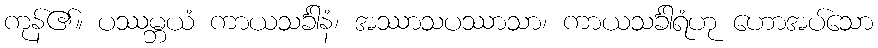
ကုန်၏။ ပဿမ္ဘယံ ကာယသင်္ခါနံ၊ အဿာသပဿာသာ၊ ကာယသင်္ခါရံဟု ဟောအပ်သော